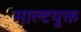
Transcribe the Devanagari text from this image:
माल्टयुक्त